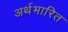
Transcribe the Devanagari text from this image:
अर्थभारित